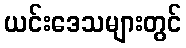
ယင်းဒေသများတွင်